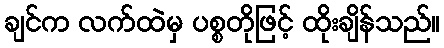
ချင်က လက်ထဲမှ ပစ္စတိုဖြင့် ထိုးချိန်သည်။